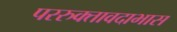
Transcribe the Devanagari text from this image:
पररुक्तावदाभास